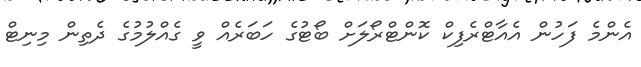
އެންމެ ފަހުން އެއާޓްރެފިކް ކޮންޓްރޯލަށް ބޯޓުގެ ހަބަރެއް ވީ ގެއްލުމުގެ ދެތިން މިނިޓް